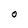
Character: O